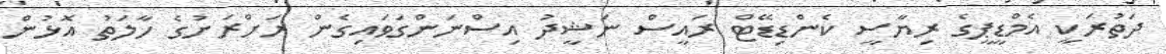
ދަތުރަކީ އެމްޑީޕީގެ ރިޔާސީ ކެންޑިޑޭޓް ރައީސް ނަޝީދު އިސްނަންގަވައިގެން ރަށްރަށުގެ ހާލަތު އޮޅުން